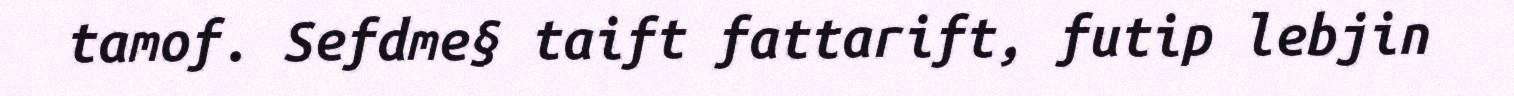
tamof. Sefdme§ taift fattarift, futip lebjin